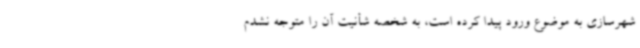
شهرسازی به موضوع ورود پیدا کرده است، به شخصه شأنیت آن را متوجه نشدم